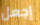
إجعل